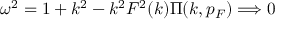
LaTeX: \omega ^ { 2 } = 1 + k ^ { 2 } - k ^ { 2 } F ^ { 2 } ( k ) \Pi ( k , p _ { F } ) \Longrightarrow 0